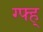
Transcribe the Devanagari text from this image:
ग्फ्ह्